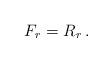
LaTeX: \begin{align*} F_r = R_r \, . \end{align*}